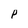
Character: P